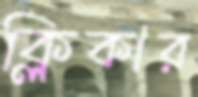
ক্লিকার